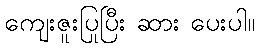
ကျေးဇူးပြုပြီး ဆား ပေးပါ။